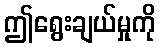
ဤရွေးချယ်မှုကို